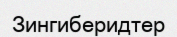
Зингиберидтер